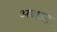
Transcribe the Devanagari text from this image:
अवाडर्